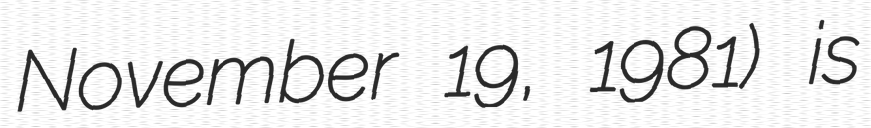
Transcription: November 19, 1981) is